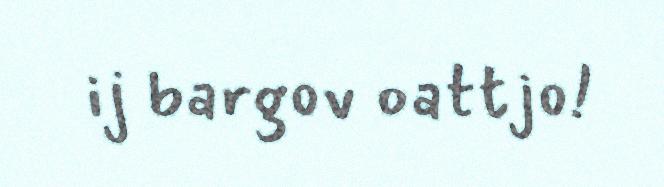
ij bargov oattjo!